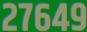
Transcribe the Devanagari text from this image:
२७६४९